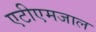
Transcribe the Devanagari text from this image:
एटीएमजाल